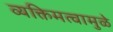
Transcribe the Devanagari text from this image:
व्यक्तिमत्वामुळे